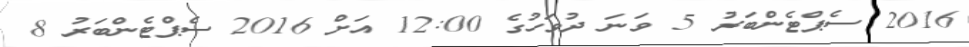
2016 ސެޕްޓެންބަރު 5 ވަނަ ދުވަހުގެ 12:00 އަށް 2016 ސެޕްޓެންބަރު 8